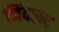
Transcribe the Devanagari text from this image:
जिंदरूप